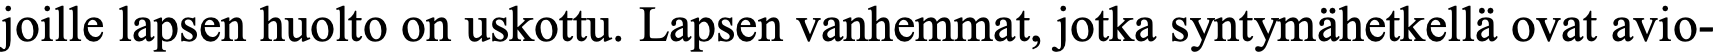
joille lapsen huolto on uskottu. Lapsen vanhemmat, jotka syntymähetkellä ovat avio-